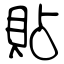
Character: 貼